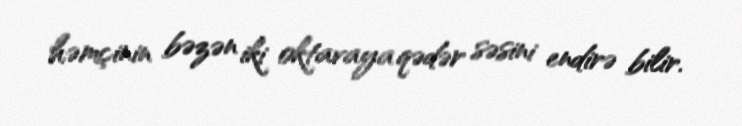
həmçinin bəzən iki oktavaya qədər səsini endirə bilir.